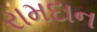
રામદાન